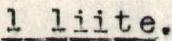
1 liite.